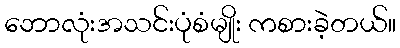
ဘောလုံးအသင်းပုံစံမျိုး ကစားခဲ့တယ်။